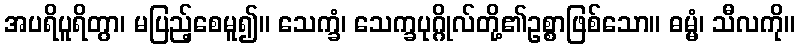
အပရိပူရိတွာ၊ မပြည့်စေမူ၍။ သေက္ခံ၊ သေက္ခပုဂ္ဂိုလ်တို့၏ဥစ္စာဖြစ်သော။ ဓမ္မံ၊ သီလကို။